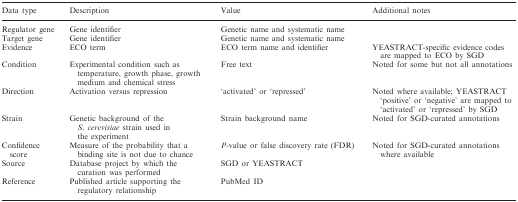
<table><thead><tr><td><b>Data type</b></td><td><b>Description</b></td><td><b>Value</b></td><td><b>Additional notes</b></td></tr></thead><tbody><tr><td>Regulator gene</td><td>Gene identifier</td><td>Genetic name and systematic name</td><td></td></tr><tr><td>Target gene</td><td>Gene identifier</td><td>Genetic name and systematic name</td><td></td></tr><tr><td>Evidence</td><td>ECO term</td><td>ECO term name and identifier</td><td>YEASTRACT-specific evidence codes are mapped to ECO by SGD</td></tr><tr><td>Condition</td><td>Experimental condition such as temperature, growth phase, growth medium and chemical stress</td><td>Free text</td><td>Noted for some but not all annotations</td></tr><tr><td>Direction</td><td>Activation versus repression</td><td>‘activated’ or ‘repressed’</td><td>Noted where available; YEASTRACT ‘positive’ or ‘negative’ are mapped to ‘activated’ or ‘repressed’ by SGD</td></tr><tr><td>Strain</td><td>Genetic background of the <i>S. cerevisiae</i> strain used in the experiment</td><td>Strain background name</td><td>Noted for SGD-curated annotations</td></tr><tr><td>Confidence score</td><td>Measure of the probability that a binding site is not due to chance</td><td><i>P</i>-value or false discovery rate (FDR)</td><td>Noted for SGD-curated annotations where available</td></tr><tr><td>Source</td><td>Database project by which the curation was performed</td><td>SGD or YEASTRACT</td><td></td></tr><tr><td>Reference</td><td>Published article supporting the regulatory relationship</td><td>PubMed ID</td><td></td></tr></tbody></table>